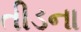
તીડના